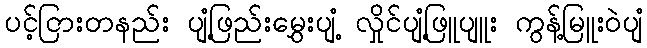
ပင့်ငြားတနည်း ပျံ့ဖြည်းမွှေးပျံ့ လှိုင်ပျံ့ဖြူပျူး ကွန့်မြူးဝဲပျံ